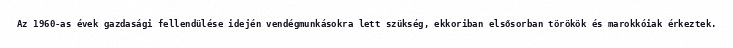
Az 1960-as évek gazdasági fellendülése idején vendégmunkásokra lett szükség, ekkoriban elsősorban törökök és marokkóiak érkeztek.